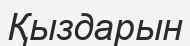
Қыздарын